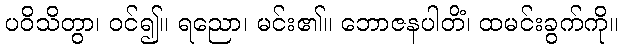
ပဝိသိတွာ၊ ဝင်၍။ ရညော၊ မင်း၏။ ဘောဇနပါတိံ၊ ထမင်းခွက်ကို။